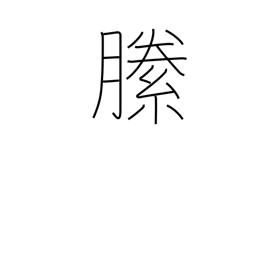
Meaning: darn